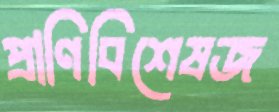
প্রাণিবিশেষজ